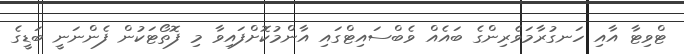
ޓްވިޓާ އާއި ހަނގުރާމަވެރިންގެ ބައެއް ވެބްސައިޓްގައި އާންމުކޮށްފައިިވާ މި ފޮތޯޓަކުން ފެންނަނީ ބަޑީގެ